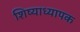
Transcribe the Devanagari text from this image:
शिष्याध्यापक